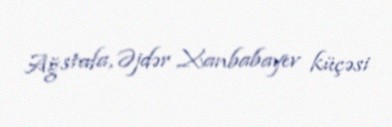
Ağstafa, Əjdər Xanbabayev küçəsi